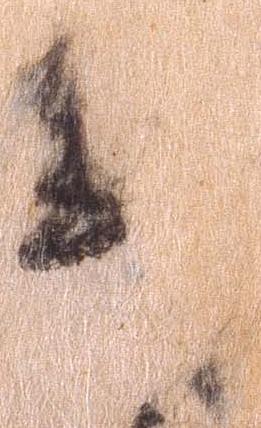
野